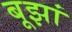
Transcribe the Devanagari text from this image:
बूझां